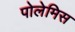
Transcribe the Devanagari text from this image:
पोलेमिस